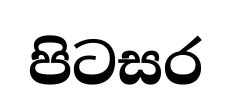
පිටසර